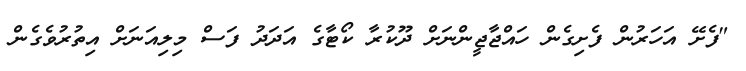
"ފެށޭ އަހަރުން ފެށިގެން ހައްޖާޖީންނަށް ދޫކުރާ ކޯޓާގެ އަދަދު ފަސް މިލިއަނަށް އިތުރުވެގެން